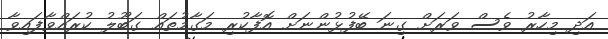
އަދި މިހާރު ވެސް ވަރަށް ގިނަ ބޭފުޅުންނަށް އޮފާކުރި މަގާމުތައް ގަބޫލު ކުރައްްވާފައިވާ